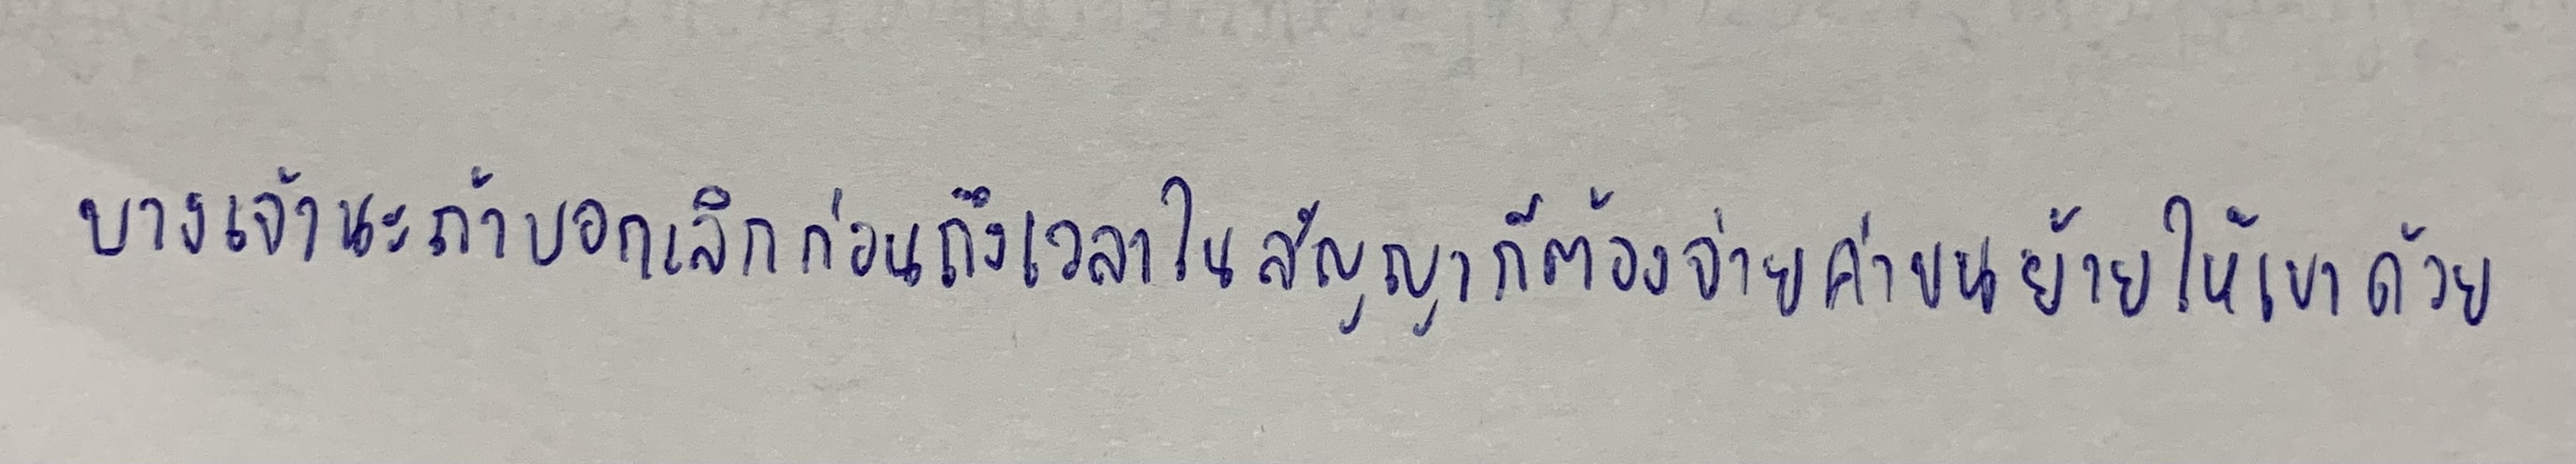
บางเจ้านะถ้าบอกเลิกก่อนถึงเวลาในสัญญาก็ต้องจ่ายค่าขนย้ายให้เขาด้วย